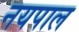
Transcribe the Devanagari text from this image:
नयपाल